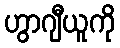
ဟွာဂျီယူကို